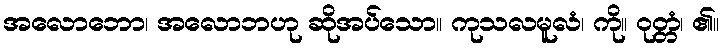
အလောဘော၊ အလောဘဟု ဆိုအပ်သော။ ကုသလမူလံ၊ ကို။ ဝုတ္တံ၊ ၏။